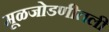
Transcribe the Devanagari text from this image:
मूळजोडणीतली